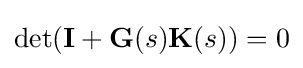
\det({\textbf {I}}+{\textbf {G}}(s){\textbf {K}}(s))=0